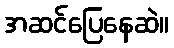
အဆင်ပြေနေဆဲ။